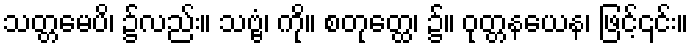
သတ္တမေပိ၊ ၌လည်း။ သဗ္ဗံ၊ ကို။ စတုတ္ထေ၊ ၌။ ဝုတ္တနယေန၊ ဖြင့်၎င်း။